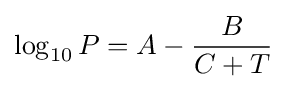
\log _{10}P=A-{\frac {B}{C+T}}